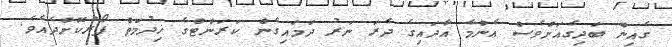
ގެއިން ބަދިގެއަށްވެސް އެންމެ އާދައިގެ ދެރަ ނަރު ދަމައިގެން ކަރަންޓްގެ ޚިދުމަތް ފޯރުކޮށްދެއެވެ.